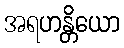
အရဟန္တိယော